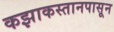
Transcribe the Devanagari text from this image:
कझाकस्तानपासून